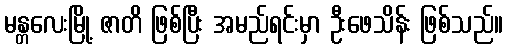
မန္တလေးမြို့ ဇာတိ ဖြစ်ပြီး အမည်ရင်းမှာ ဦးဖေသိန်း ဖြစ်သည်။